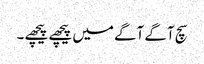
سچ آگے آگے میں پیچھے پیچھے ۔